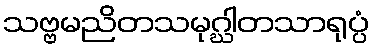
သဗ္ဗမညိတသမုဂ္ဃါတသာရုပ္ပံ